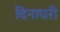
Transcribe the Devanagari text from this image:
दिनाघरी